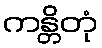
ကန္တိတုံ